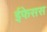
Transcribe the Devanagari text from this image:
ईफेसस